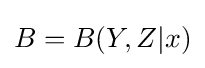
B=B(Y,Z|x)